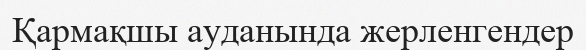
Қармақшы ауданында жерленгендер